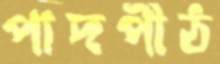
পাদপীঠ